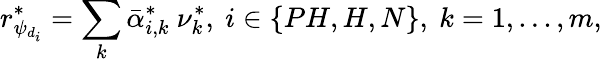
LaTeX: r_{\psi_{d_{i}}}^{*}=\sum_{k}\bar{\alpha}_{i,k}^{*}\ \nu_{k}^{*},\ i\in\{ PH,H,N\} ,\ k=1,...,m,